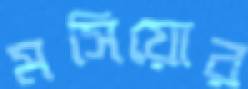
মসিয়োর